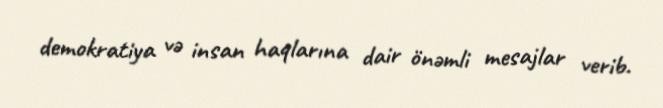
demokratiya və insan haqlarına dair önəmli mesajlar verib.